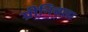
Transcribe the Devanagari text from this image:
ग्रीनिचला